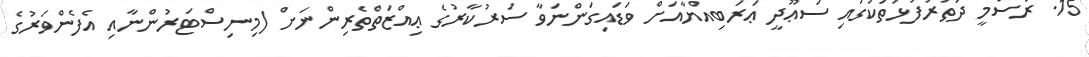
15. ރަސްމީ ދަތުރުފުޅުތަކުގައި ސަޢޫދީ ޢަރަބިއްޔާއަށް ވަޑައިގަންނަވާ ސަރުކާރުގެ ޢިއްޒަތްތެރިންނަށް (މިނިސްޓަރުންނާއި އެފެންވަރުގެ